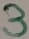
Text: 3